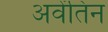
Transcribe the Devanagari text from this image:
अवेंतिन